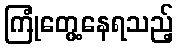
ကြုံတွေ့နေရသည့်